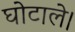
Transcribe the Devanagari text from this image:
घोटाले।